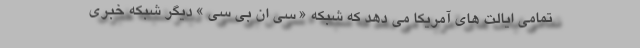
تمامی ایالت های آمریکا می دهد که شبکه « سی ان بی سی » دیگر شبکه خبری